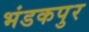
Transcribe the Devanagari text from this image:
भंडकपुर